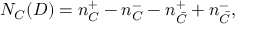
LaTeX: N _ { C } ( D ) = n _ { C } ^ { + } - n _ { C } ^ { - } - n _ { \bar { C } } ^ { + } + n _ { \bar { C } } ^ { - } ,